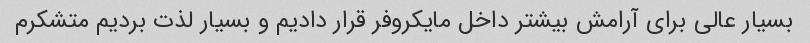
بسیار عالی برای آرامش بیشتر داخل مایکروفر قرار دادیم و بسیار لذت بردیم متشکرم